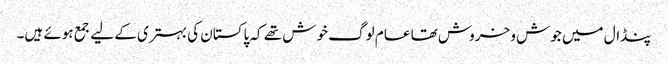
پنڈال میں جوش و خروش تھا عام لوگ خوش تھے کہ پاکستان کی بہتری کے لیے جمع ہوئے ہیں۔